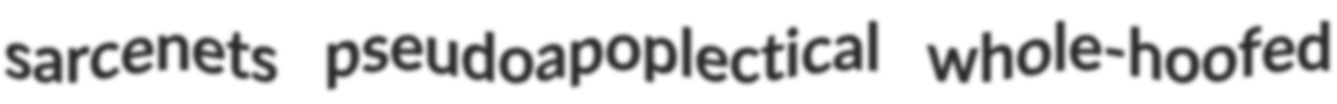
sarcenets pseudoapoplectical whole-hoofed